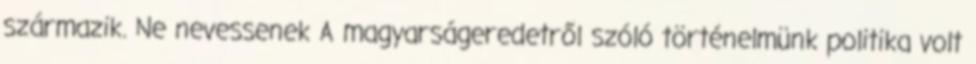
származik. Ne nevessenek A magyarságeredetről szóló történelmünk politika volt